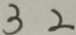
3 2